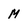
Character: m